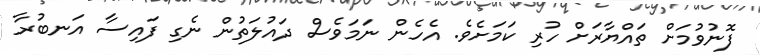
ފޮނުވުމަށް ތައްޔާރަށް ހުރި ކަމަށެވެ. އެހެން ނަމަވެސް ދައުލަތުން ނެގި ފައިސާ އަނބުރާ